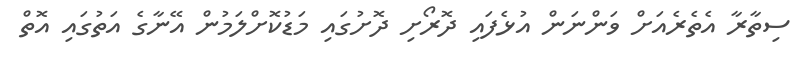
ސިތާރާ އެތެރެއަށް ވަންނަން އުޅެފައި ދޮރޯށި ދޮށުގައި މަޑުކޮށްލަމުން އޭނާގެ އަތުގައި އޮތް